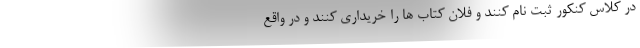
در کلاس کنکور ثبت نام کنند و فلان کتاب ها را خریداری کنند و در واقع